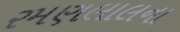
રમણલાલના